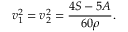
v _ { 1 } ^ { 2 } = v _ { 2 } ^ { 2 } = \frac { 4 S - 5 A } { 6 0 \rho } .